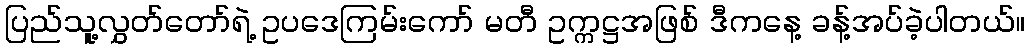
ပြည်သူ့လွှတ်တော်ရဲ့ ဥပဒေကြမ်းကော် မတီ ဥက္ကဋ္ဌအဖြစ် ဒီကနေ့ ခန့်အပ်ခဲ့ပါတယ်။